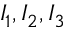
I _ { 1 } , I _ { 2 } , I _ { 3 }